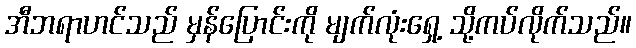
အီဘရာဟင်သည် မှန်ပြောင်းကို မျက်လုံးရှေ့ သို့ကပ်လိုက်သည်။